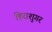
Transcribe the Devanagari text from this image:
हिराशुगर